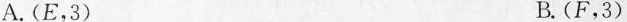
A.(E，3)B.(F，3)